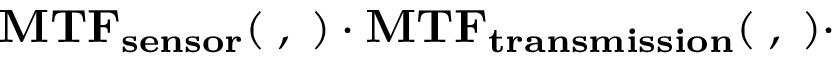
\mathbf { M T F _ { s e n s o r } ( \xi , \eta ) \cdot M T F _ { t r a n s m i s s i o n } ( \xi , \eta ) \cdot }